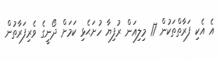
އެ އެކި ފަރާތްތަކުން 17 މިލިއަން ރުފިޔާ ހުށަޙެޅި ކަމަށް ދޯނީގެ ވެރިފަރާތުން